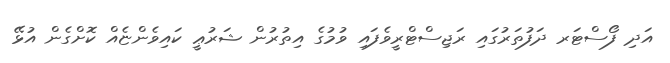
އަދި ފޯސްޓަރ ދަފުތަރުގައި ރަޖިސްޓްރީވެފައި ވުމުގެ އިތުރުން ޝަރުޢީ ކައިވެންޏެއް ކޮށްގެން އުޅޭ